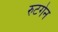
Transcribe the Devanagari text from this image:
रुटगेन